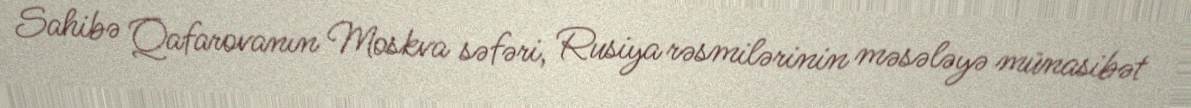
Sahibə Qafarovanın Moskva səfəri, Rusiya rəsmilərinin məsələyə münasibət